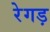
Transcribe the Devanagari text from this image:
रेगड़